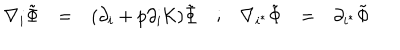
LaTeX: \begin{array} { c c c c c c c } { { \nabla _ { i } \tilde { \Phi } } } & { { = } } & { { ( \partial _ { i } + p \partial _ { i } { \cal K } ) \tilde { \Phi } } } & { { ; } } & { { \nabla _ { i ^ { * } } \tilde { \Phi } } } & { { = } } & { { \partial _ { i ^ { * } } \tilde { \Phi } } } \\ \end{array}